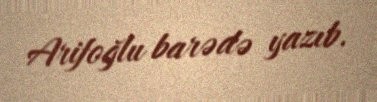
Arifoğlu barədə yazıb.